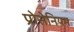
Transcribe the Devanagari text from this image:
प्रोसेनियम